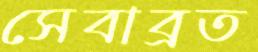
সেবাব্রত